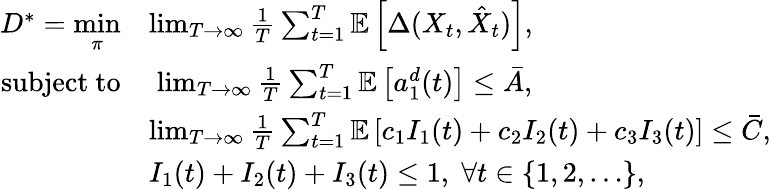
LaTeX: \begin{array}{rl}{D^{*}=\underset{\pi}{\mathrm{min}}}&{\operatorname*{lim}_{T\rightarrow\infty}\frac{1}{T}\sum_{t=1}^{T}\mathbb{E}\left[\Delta(X_{t},\hat{X}_{t})\right],}\\ {\mathrm{subject~to}}&{\; \operatorname*{lim}_{T\rightarrow\infty}\frac{1}{T}\sum_{t=1}^{T}\mathbb{E}\left[a_{1}^{d}(t)\right]\leq\bar{A},}\\ &{\operatorname*{lim}_{T\rightarrow\infty}\frac{1}{T}\sum_{t=1}^{T}\mathbb{E}\left[c_{1}I_{1}(t)+c_{2}I_{2}(t)+c_{3}I_{3}(t)\right]\leq\bar{C},}\\ &{I_{1}(t)+I_{2}(t)+I_{3}(t)\leq 1,\; \forall t\in\{ 1,2,\ldots\} ,}\end{array}